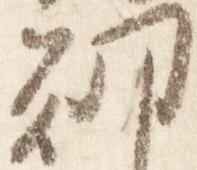
朝